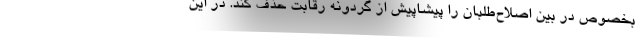
بخصوص در بین اصلاح‌طلبان را پیشاپیش از گردونه رقابت حذف کند. در این